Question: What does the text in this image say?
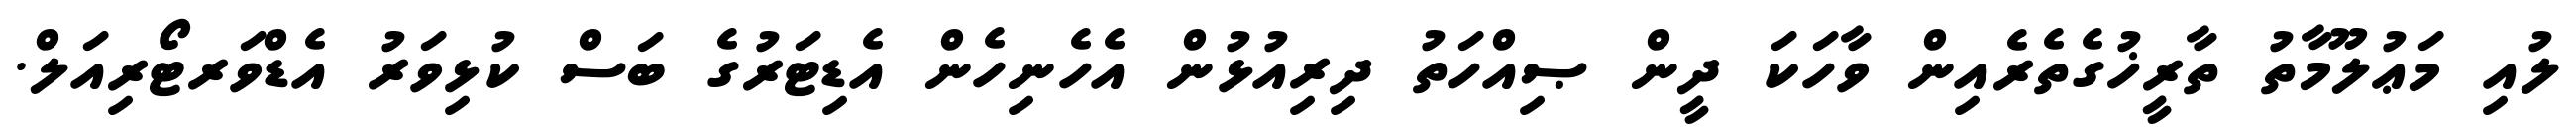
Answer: ލުއި މަޢުލޫމާތު ތާރީޚުގެތެރެއިން ވާހަކަ ދީން ޞިއްހަތު ދިރިއުޅުން އެހެނިހެން އެޑިޓަރުގެ ބަސް ކުޅިވަރު އެޑްވަރޓޯރިއަލް.